Indian journal of veterinary science and animal husbandry - Volume 2,
Year: 1932
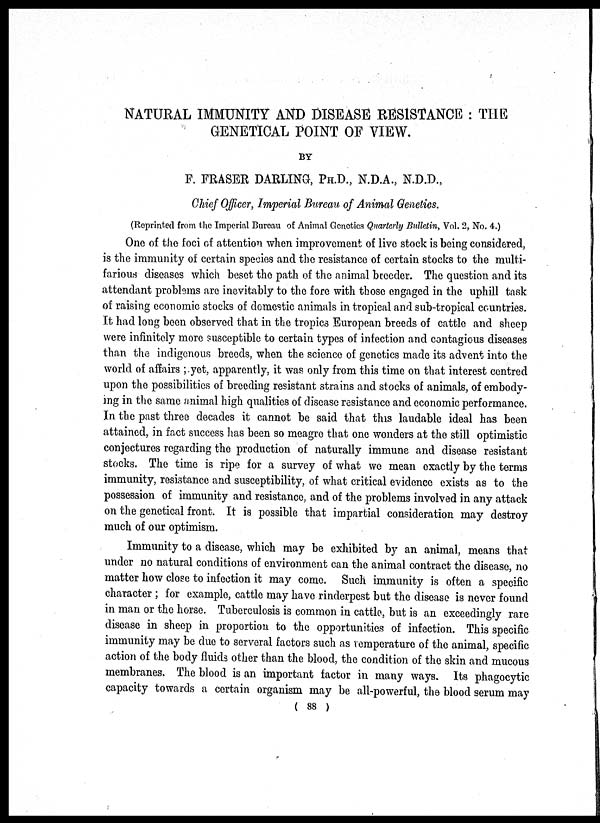
NATURAL IMMUNITY AND DISEASE RESISTANCE : THE
GENETICAL POINT OF VIEW.
BY
F. FRASER DARLING, PH.D., N.D.A., N.D.D.,
Chief Officer, Imperial Bureau of Animal Genetics.
(Reprinted from the Imperial Bureau of Animal Genetics Quarterly Bulletin, Vol. 2, No. 4.)
One of the foci of attention when improvement of live stock is being considered,
is the immunity of certain species and the resistance of certain stocks to the multi-
farious diseases which beset the path of the animal breeder. The question and its
attendant problems are inevitably to the fore with those engaged in the uphill task
of raising economic stocks of domestic animals in tropical and sub-tropical countries.
It had long been observed that in the tropics European breeds of cattle and sheep
were infinitely more susceptible to certain types of infection and contagious diseases
than the indigenous breeds, when the science of genetics made its advent into the
world of affairs ;.yet, apparently, it was only from this time on that interest centred
upon the possibilities of breeding resistant strains and stocks of animals, of embody-
ing in the same animal high qualities of disease resistance and economic performance.
In the past three decades it cannot be said that this laudable ideal has been
attained, in fact success has been so meagre that one wonders at the still optimistic
conjectures regarding the production of naturally immune and disease resistant
stocks. The time is ripe for a survey of what we mean exactly by the terms
immunity, resistance and susceptibility, of what critical evidence exists as to the
possession of immunity and resistance, and of the problems involved in any attack
on the genetical front. It is possible that impartial consideration may destroy
much of our optimism.
Immunity to a disease, which may be exhibited by an animal, means that
under no natural conditions of environment can the animal contract the disease, no
matter how close to infection it may come. Such immunity is often a specific
character ; for example, cattle may have rinderpest but the disease is never found
in man or the horse. Tuberculosis is common in cattle, but is an exceedingly rare
disease in sheep in proportion to the opportunities of infection. This specific
immunity may be due to serveral factors such as temperature of the animal, specific
action of the body fluids other than the blood, the condition of the skin and mucous
membranes. The blood is an important factor in many ways. Its phagocytic
capacity towards a certain organism may be all-powerful, the blood serum may
( 88 )